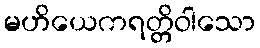
မဟိယေကရတ္တိဝါသော